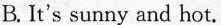
B. It's sunny and hot.